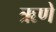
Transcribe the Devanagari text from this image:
ऋणे